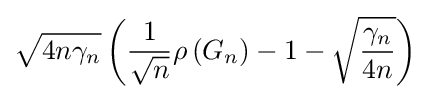
{\sqrt {4n\gamma _{n}}}\left({\frac {1}{\sqrt {n}}}\rho \left(G_{n}\right)-1-{\sqrt {\frac {\gamma _{n}}{4n}}}\right)